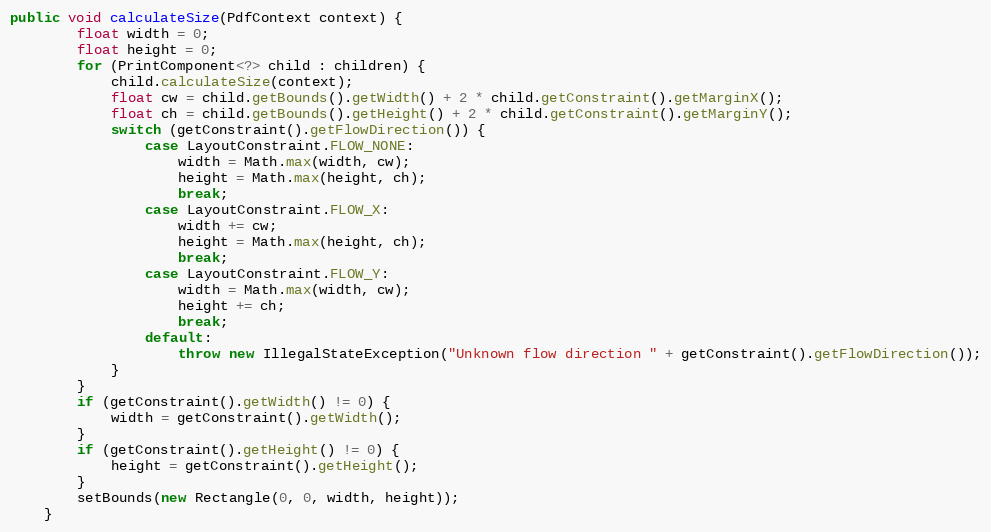
Language: Java
public void calculateSize(PdfContext context) {
		float width = 0;
		float height = 0;
		for (PrintComponent<?> child : children) {
			child.calculateSize(context);
			float cw = child.getBounds().getWidth() + 2 * child.getConstraint().getMarginX();
			float ch = child.getBounds().getHeight() + 2 * child.getConstraint().getMarginY();
			switch (getConstraint().getFlowDirection()) {
				case LayoutConstraint.FLOW_NONE:
					width = Math.max(width, cw);
					height = Math.max(height, ch);
					break;
				case LayoutConstraint.FLOW_X:
					width += cw;
					height = Math.max(height, ch);
					break;
				case LayoutConstraint.FLOW_Y:
					width = Math.max(width, cw);
					height += ch;
					break;
				default:
					throw new IllegalStateException("Unknown flow direction " + getConstraint().getFlowDirection());
			}
		}
		if (getConstraint().getWidth() != 0) {
			width = getConstraint().getWidth();
		}
		if (getConstraint().getHeight() != 0) {
			height = getConstraint().getHeight();
		}
		setBounds(new Rectangle(0, 0, width, height));
	}